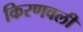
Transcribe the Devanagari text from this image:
किरणवली